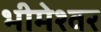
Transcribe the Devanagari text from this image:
भीमेश्‍वर